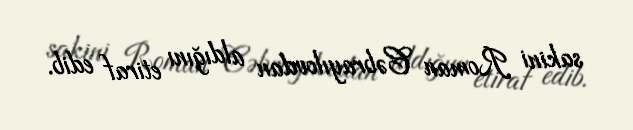
sakini Roman Cəbrayılovdan aldığını etiraf edib.